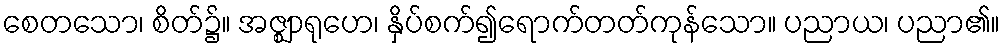
စေတသော၊ စိတ်၌။ အဇ္ဈာရုဟေ၊ နှိပ်စက်၍ရောက်တတ်ကုန်သော။ ပညာယ၊ ပညာ၏။